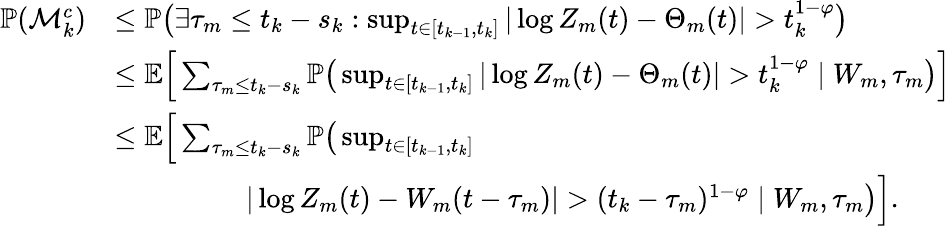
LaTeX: \begin{array}{rl}{\mathbb{P}(\mathcal M_{k}^{c})}&{\leq\mathbb{P}\big(\exists\tau_{m}\leq t_{k}-s_{k}:\operatorname*{sup}_{t\in[t_{k-1},t_{k}]}|\log Z_{m}(t)-\Theta_{m}(t)|>t_{k}^{1-\varphi}\big)}\\ &{\leq\mathbb{E}\Big[\sum_{\tau_{m}\leq t_{k}-s_{k}}\mathbb{P}\big(\operatorname*{sup}_{t\in[t_{k-1},t_{k}]}|\log Z_{m}(t)-\Theta_{m}(t)|>t_{k}^{1-\varphi}\mid W_{m},\tau_{m}\big)\Big]}\\ &{\leq\mathbb{E}\Big[\sum_{\tau_{m}\leq t_{k}-s_{k}}\mathbb{P}\big(\operatorname*{sup}_{t\in[t_{k-1},t_{k}]}}\\ &{\phantom{ladidadida}|\log Z_{m}(t)-W_{m}(t-\tau_{m})|>(t_{k}-\tau_{m})^{1-\varphi}\mid W_{m},\tau_{m}\big)\Big].}\end{array}